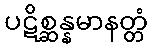
ပဋိစ္ဆန္နမာနတ္တံ